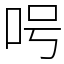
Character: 呺